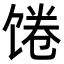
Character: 𩠉